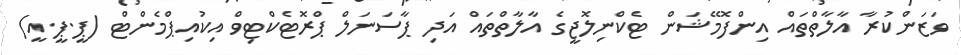
ވަޒަންކުރާ އާލާތްތައް އިންފޮމޭޝަން ޓެކްނިލޮޖީގެ އާލާތްތައް އަދި ޕާސަނަލް ޕްރޮޓެކްޓިވް އިކުއިޕްމެންޓް (ޕީ.ޕީ.އީ)